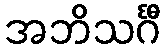
အဘိသင်္ဂီ